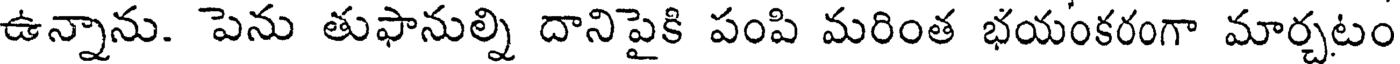
ఉన్నాను. పెను తుఫానుల్ని దానిపైకి పంపి మరింత భయంకరంగా మార్చటం